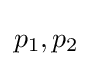
\,\!p_{1},p_{2}